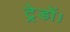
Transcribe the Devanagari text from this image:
ट्रेडों।